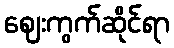
ဈေးကွက်ဆိုင်ရာ